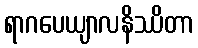
ရာဂပေယျာလနိဿိတာ